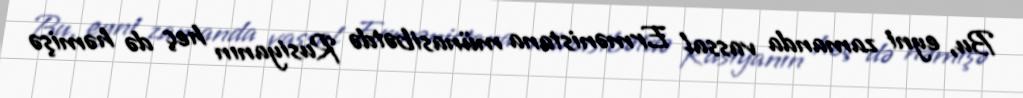
Bu, eyni zamanda vassal Ermənistana münasibətdə Rusiyanın heç də həmişə